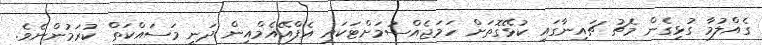
ގެއްލުމާ ގުޅިގެން މެޗު ޗައިނާގައި ކުޅޭގޮތަށް ހަމަޖެއްސުމަށްޓަކައި އެފްއޭއެމްއިން ދަނީ މަސައްކަތް ކުރަމުންނެވެ.